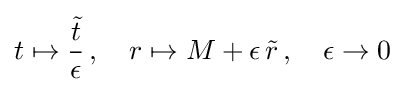
t\mapsto {\frac {\tilde {t}}{\epsilon }}\,,\quad r\mapsto M+\epsilon \,{\tilde {r}}\,,\quad \epsilon \to 0